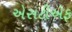
એસટીએફ